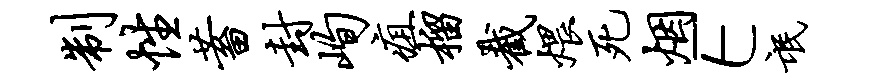
制性蓄封峋疽榴截煨死烟E氓